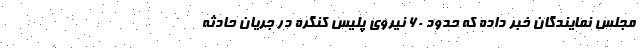
مجلس نمایندگان خبر داده که حدود ۶۰ نیرو‌ی پلیس کنگره در جریان حادثه